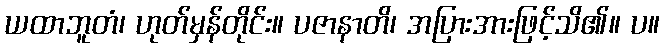
ယထာဘူတံ၊ ဟုတ်မှန်တိုင်း။ ပဇာနာတိ၊ အပြားအားဖြင့်သိ၏။ ပ။